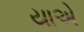
યાએ